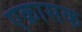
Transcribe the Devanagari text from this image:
एक्रासक